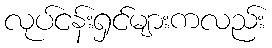
လုပ်ငန်းရှင်များကလည်း